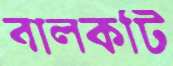
বালকটি